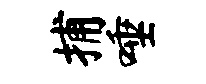
捕唾